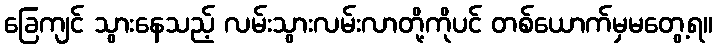
ခြေကျင် သွားနေသည့် လမ်းသွားလမ်းလာတို့ကိုပင် တစ်ယောက်မှမတွေ့ရ။